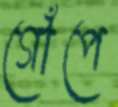
গোঁপে